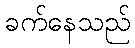
ခက်နေသည်